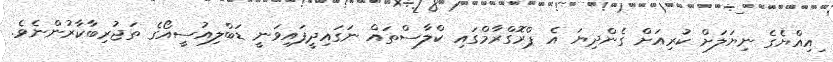
ިއިއްޔެގެ ނިޔަލަށް ކުރިއަށް ގެންދިޔަ އެ ޕްރޮގްރާމްގައި ކްލާސްތައް ނަގައިދީފައިވަނީ ޑަބްލިއުސީއޯގެ ތަޖުރިބާކާރުންނެވެ.